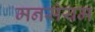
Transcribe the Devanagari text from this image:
मनसंयम